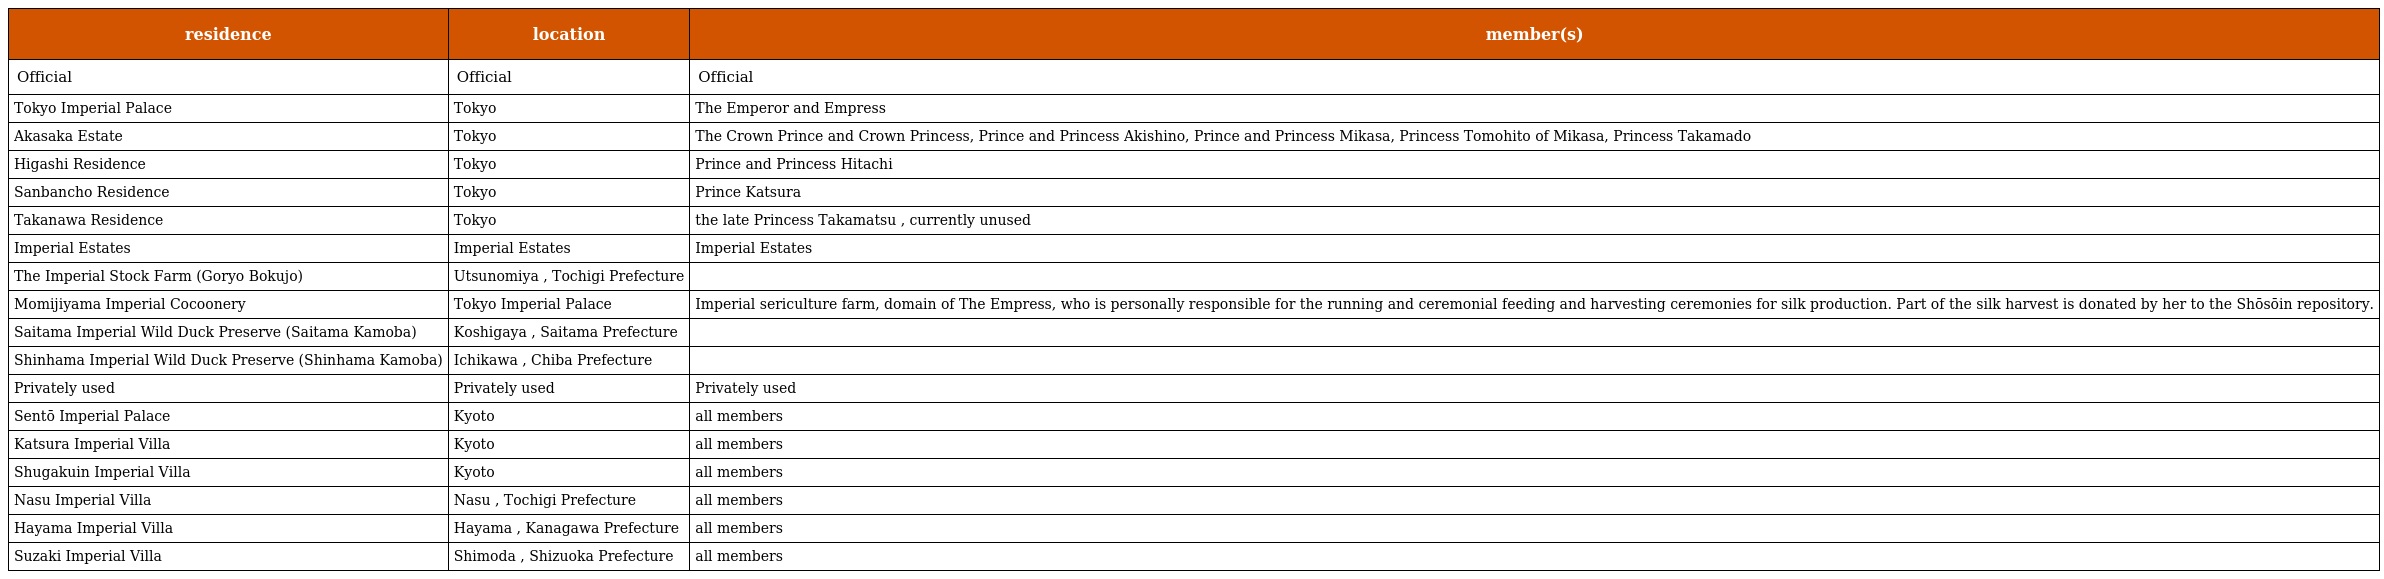
| residence | location | member(s) |
 | --- | --- | --- |
 | Official | Official | Official |
 | Tokyo Imperial Palace | Tokyo | The Emperor and Empress |
 | Akasaka Estate | Tokyo | The Crown Prince and Crown Princess, Prince and Princess Akishino, Prince and Princess Mikasa, Princess Tomohito of Mikasa, Princess Takamado |
 | Higashi Residence | Tokyo | Prince and Princess Hitachi |
 | Sanbancho Residence | Tokyo | Prince Katsura |
 | Takanawa Residence | Tokyo | the late Princess Takamatsu , currently unused |
 | Imperial Estates | Imperial Estates | Imperial Estates |
 | The Imperial Stock Farm (Goryo Bokujo) | Utsunomiya , Tochigi Prefecture |  |
 | Momijiyama Imperial Cocoonery | Tokyo Imperial Palace | Imperial sericulture farm, domain of The Empress, who is personally responsible for the running and ceremonial feeding and harvesting ceremonies for silk production. Part of the silk harvest is donated by her to the Shōsōin repository. |
 | Saitama Imperial Wild Duck Preserve (Saitama Kamoba) | Koshigaya , Saitama Prefecture |  |
 | Shinhama Imperial Wild Duck Preserve (Shinhama Kamoba) | Ichikawa , Chiba Prefecture |  |
 | Privately used | Privately used | Privately used |
 | Sentō Imperial Palace | Kyoto | all members |
 | Katsura Imperial Villa | Kyoto | all members |
 | Shugakuin Imperial Villa | Kyoto | all members |
 | Nasu Imperial Villa | Nasu , Tochigi Prefecture | all members |
 | Hayama Imperial Villa | Hayama , Kanagawa Prefecture | all members |
 | Suzaki Imperial Villa | Shimoda , Shizuoka Prefecture | all members |